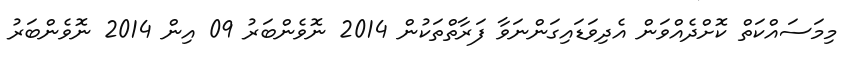
މިމަސައްކަތް ކޮށްދެއްވަން އެދިވަޑައިގަންނަވާ ފަރާތްތަކުން 2014 ނޮވެންބަރު 09 އިން 2014 ނޮވެންބަރު